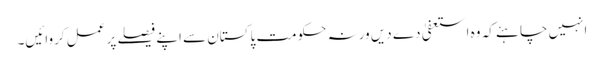
انہیں چاہئے کہ وہ استعفیٰ دے دیں ورنہ حکومت پاکستان سے اپنے فیصلے پر عمل کروائیں۔